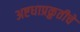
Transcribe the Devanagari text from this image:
अष्टधाप्रक्रुतीचे